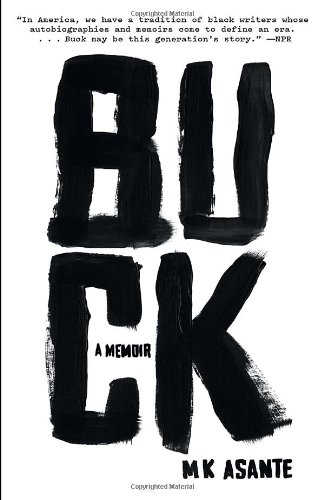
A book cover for Buck: A Memoir; M.K. Asante; Biographies & Memoirs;